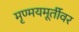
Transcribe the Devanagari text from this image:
मृण्मयमूर्तीवर